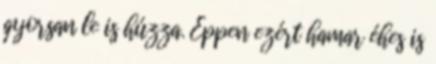
gyorsan le is húzza. Éppen ezért hamar éhes is